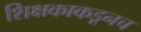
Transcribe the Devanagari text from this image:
शिक्षकाकडूनच